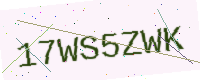
Text: 17WS5ZWK